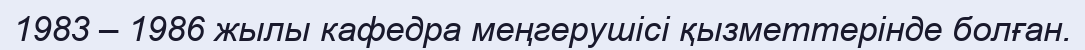
1983 – 1986 жылы кафедра меңгерушісі қызметтерінде болған.